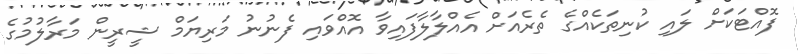
ފޮއްޓަކަށް ލައި ކުނިތަކެއްގެ ތެރެއަށް އެއްލާލާފައިވާ އޮއްވައި ފެނުނު މަރިޔަމް ޝީރީން މަރާލުމުގެ